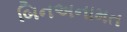
બિનઅનામત